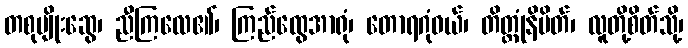
တစုမျိုးဆွေ၊ ညီကြလေ၏၊ ကြည်ထွေအာရုံ၊ တောရဂုံဝယ်၊ တိတ္ထုံနိမိတ်၊ လူတို့စိတ်သို့၊